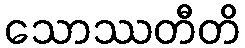
သောဿတီတိ